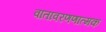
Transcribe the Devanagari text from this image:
वातावरणणात्मक